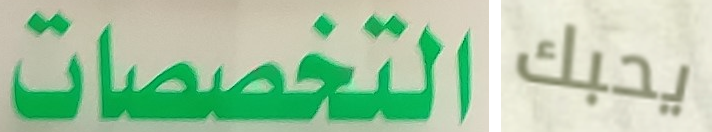
التخصصات يحبك